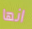
انها